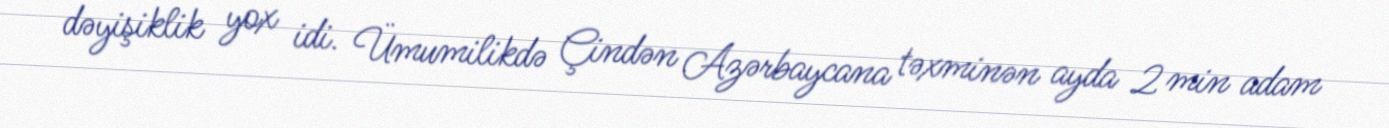
dəyişiklik yox idi. Ümumilikdə Çindən Azərbaycana təxminən ayda 2 min adam